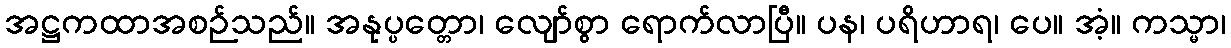
အဋ္ဌကထာအစဉ်သည်။ အနုပ္ပတ္တော၊ လျော်စွာ ရောက်လာပြီ။ ပန၊ ပရိဟာရ၊ ပေ။ အံ့။ ကသ္မာ၊